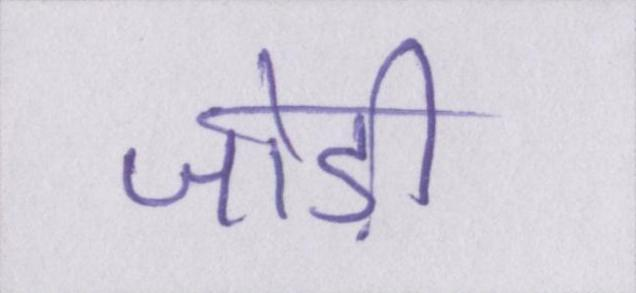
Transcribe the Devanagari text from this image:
जोड़ी